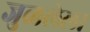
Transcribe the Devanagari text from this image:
जुळलेला